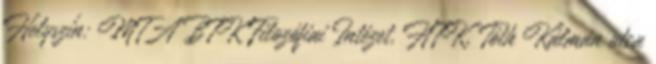
Helyszín: MTA BTK Filozófiai Intézet, HTK, Tóth Kálmán utca